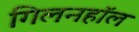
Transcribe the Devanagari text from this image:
गिलनहॉल